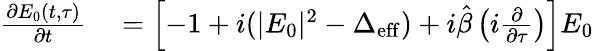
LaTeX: \begin{array}{rl}{\frac{\partial E_{0}(t,\tau)}{\partial t}}&{{}=\left[-1+i(|E_{0}|^{2}-\Delta_{\mathrm{eff}})+i\hat{\beta}\left(i\frac{\partial}{\partial\tau}\right)\right]E_{0}}\end{array}